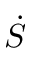
\Dot { S }